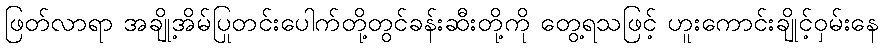
ဖြတ်လာရာ အချို့အိမ်ပြုတင်းပေါက်တို့တွင်ခန်းဆီးတို့ကို တွေ့ရသဖြင့် ဟူးကောင်းချိုင့်ဝှမ်းနေ